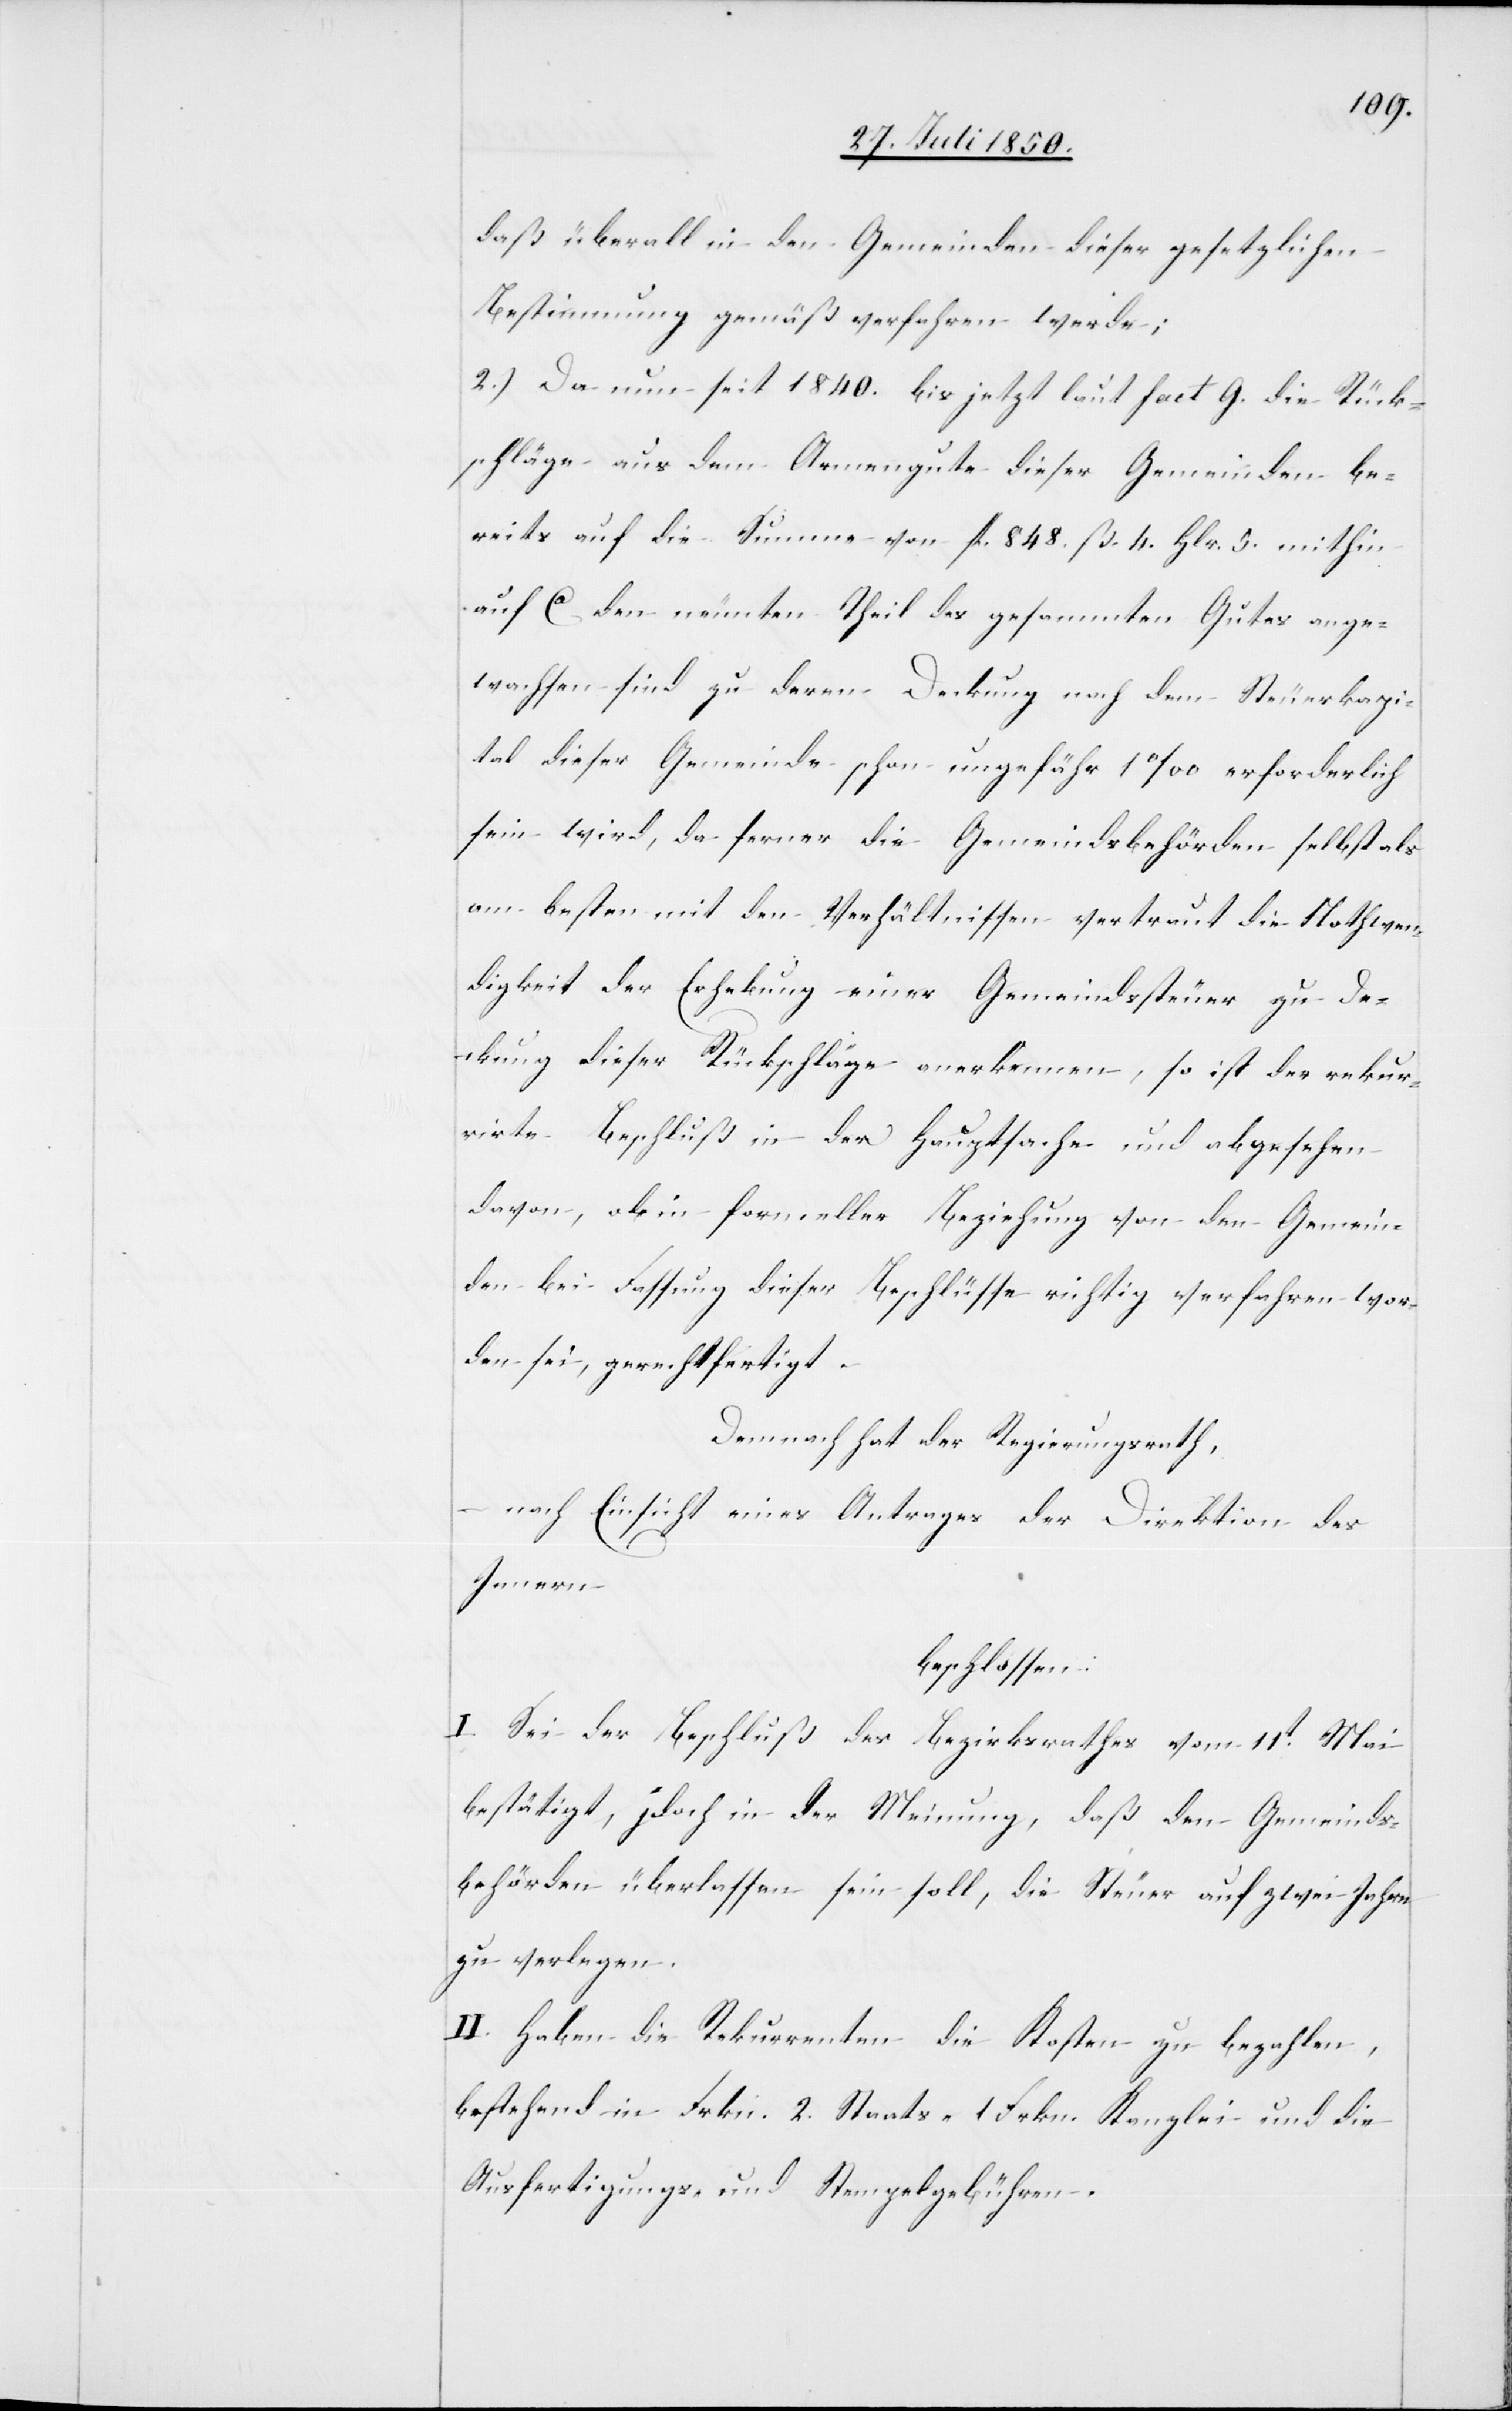
daß überall in den Gemeinden dieser gesetzlichen
Bestimmung gemäß verfahren werde;
2.) Da nun seit 1840. bis jetzt laut fact G. die Rück¬
schläge aus dem Armengute dieser Gemeinden be¬
reits auf die Summe von fl. 848. ß. 4. Hlr. 5. mithin
auf Ca den neunten Theil des gesammten Gutes ange¬
wachsen sind zu deren Deckung nach dem Steuerkapi¬
tal dieser Gemeinde schon ungefähr 1 ‰ erforderlich
sein wird, da ferner die Gemeindsbehörden selbst als
am besten mit den Verhältnissen vertraut die Nothwen¬
digkeit der Erhebung einer Gemendssteuer zu De¬
ckung dieser Rückschläge anerkennen, so ist der rekur¬
rirte Beschluß in der Hauptsache und abgesehen
davon, ob in formeller Beziehung von den Gemein¬
den bei Fassung dieser Beschlüsse richtig verfahren wor¬
den sei, gerechtfertigt.
Demnach hat der Regierungsrath,
nach Einsicht eines Antrages der Direktion des
Innern
beschlossen:
I. Sei der Beschluß des Bezirksrathes vom 11t Mai
bestätigt, j[e]doch in der Meinung, daß den Gemeinds¬
behörden überlassen sein soll, die Steuer auf zwei Jahre
zu verlegen.
II. Haben die Rekurrenten die Kosten zu bezahlen,
bestehend in 2. Frkn. Staats- 1 Frkn. Kanzlei- und die
Ausfertigungs- und Stempelgebühren.